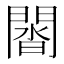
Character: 𨵝